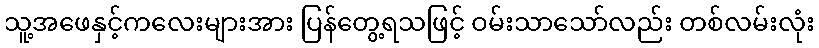
သူ့အဖေနှင့်ကလေးများအား ပြန်တွေ့ရသဖြင့် ဝမ်းသာသော်လည်း တစ်လမ်းလုံး